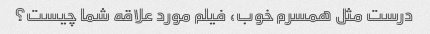
درست مثل همسرم خوب، فیلم مورد علاقه شما چیست؟